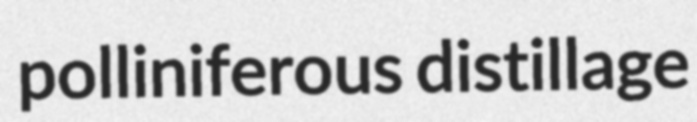
polliniferous distillage